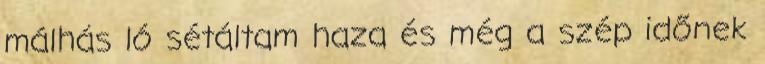
málhás ló sétáltam haza és még a szép időnek